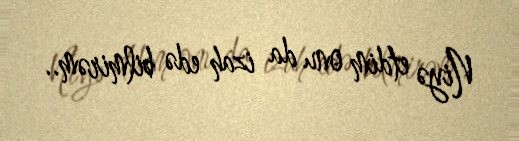
Niyə etdim onu da izah edə bilmirəm..